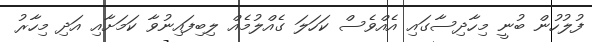
ފުލުހުން ބުނީ މިހާދިސާގައި އެއްވެސް ކަހަލަ ގެއްލުމެއް ލިބިފައިނުވާ ކަމަށާއި އަދި މިހާރު